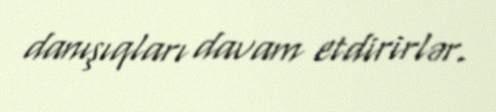
danışıqları davam etdirirlər.